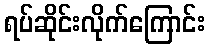
ရပ်ဆိုင်းလိုက်ကြောင်း